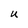
Character: U